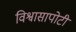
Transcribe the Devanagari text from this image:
विश्वासापोटी